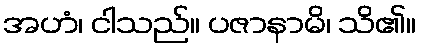
အဟံ၊ ငါသည်။ ပဇာနာမိ၊ သိ၏။